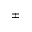
\pm